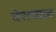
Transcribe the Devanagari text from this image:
देशवाळ